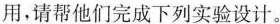
用，请帮他们完成下列实验设计。